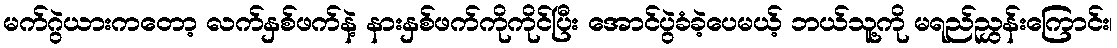
မက်ဂွဲယားကတော့ လက်နှစ်ဖက်နဲ့ နားနှစ်ဖက်ကိုကိုင်ပြီး အောင်ပွဲခံခဲ့ပေမယ့် ဘယ်သူ့ကို မရည်ညွှန်းကြောင်း၊